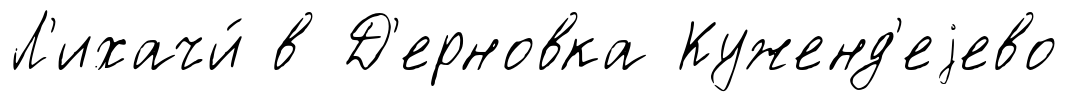
Л'ихачи́ в Д'ерновка Куженд'еjево